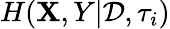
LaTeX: H(\mathbf{X},Y|\mathcal{{D}},\tau_{i})